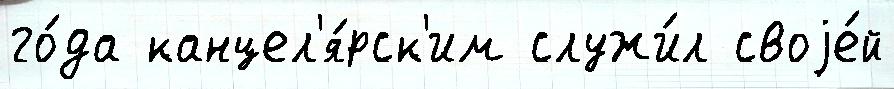
го́да канцел'я́рск'им служи́л своjе́й